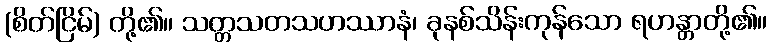
(စိတ်ငြိမ်) တို့၏။ သတ္တသတသဟဿာနံ၊ ခုနစ်သိန်းကုန်သော ရဟန္တာတို့၏။